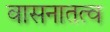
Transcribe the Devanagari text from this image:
वासनातत्व